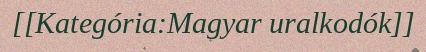
[[Kategória:Magyar uralkodók]]